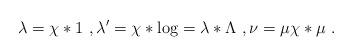
LaTeX: \begin{align*}\lambda = \chi * 1\ , \lambda' =\chi * \log = \lambda * \Lambda\ , \nu=\mu \chi *\mu \ . \end{align*}